Civil Veterinary Dept. Assam report 1927-50 - 1927-1950
Year: 1927
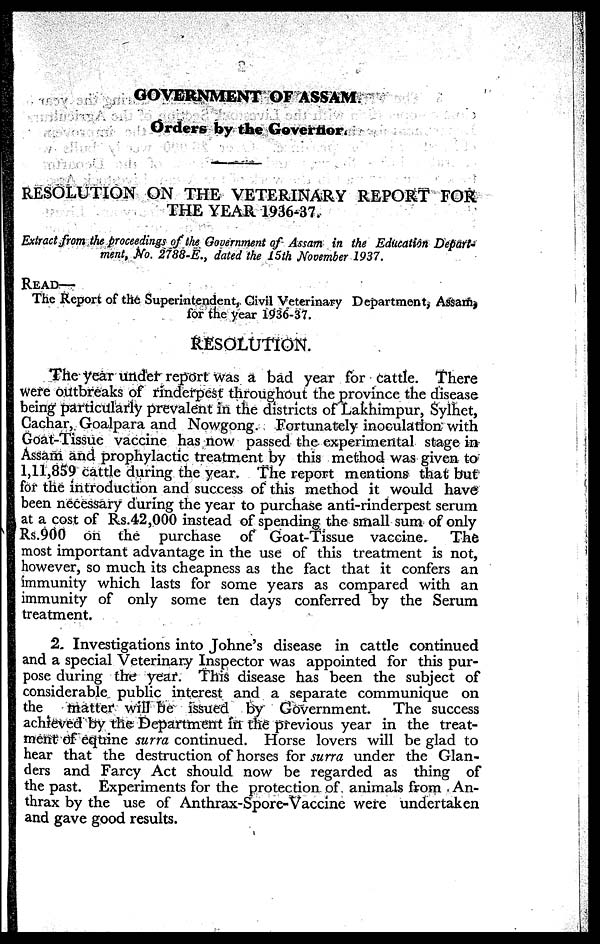
GOVERNMENT OF ASSAM.
Orders by the Governor.
RESOLUTION ON THE VETERINARY REPORT FOR
THE YEAR 1936-37.
Extract from the proceedings of the Government of Assam in the Education Depart-
ment, No. 2788-E., dated the 15th November 1937.
READ—
The Report of the Superintendent, Civil Veterinary Department, Assam,
for the year 1036-37.
RESOLUTION.
The year under report was a bad year for Cattle. There
were outbreaks of rinderpest throughout the province the disease
being particularly prevalent in the districts of Lakhimpur, Sylhet,
Cachar, Goalpara and Nowgong. Fortunately inoculation with
Goat-Tissue vaccine has now passed the experimental stage in
Assam and prophylactic treatment by this method was given to
1,11,859 cattle during the year. The report mentions that but
for the introduction and success of this method it would have
been necessary during the year to purchase anti-rinderpest serum
at a cost of Rs.42,000 instead of spending the small sum of only
Rs.900 on the purchase of Goat-Tissue vaccine.
The
most important advantage in the use of this treatment is not,
however, so much its cheapness as the fact that it confers an
immunity which lasts for some years as compared with an
immunity of only some ten days conferred by the Serum
treatment.
2. Investigations into Johne's disease in cattle continued
and a special Veterinary Inspector was appointed for this pur-
pose during the year. This disease has been the subject of
considerable public interest and a separate communique on
the
matter will be issued by Government. The success
achieved by the Department in the previous year in the treat-
ment of equine surra continued. Horse lovers will be glad to
hear that the destruction of horses for surra under the Glan-
ders and Farcy Act should now be regarded as thing of
the past. Experiments for the protection of animals from An-
thrax by the use of Anthrax-Spore-Vaccine were undertaken
and gave good results.